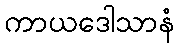
ကာယဒေါသာနံ